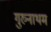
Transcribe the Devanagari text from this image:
गुरुनाथम